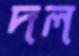
দল